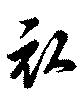
衣